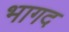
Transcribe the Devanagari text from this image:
भागद